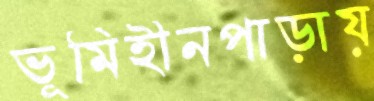
ভূমিহীনপাড়ায়